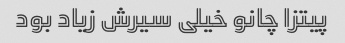
پیتزا چانو خیلی سیرش زیاد بود